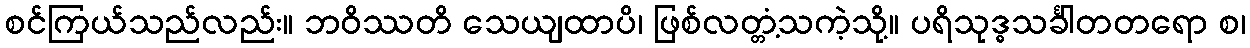
စင်ကြယ်သည်လည်း။ ဘဝိဿတိ သေယျထာပိ၊ ဖြစ်လတ္တံ့သကဲ့သို့။ ပရိသုဒ္ဓသင်္ခါတတရော စ၊